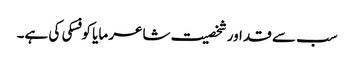
سب سے قد اور شخصیت شاعر مایا کوفسکی کی ہے۔